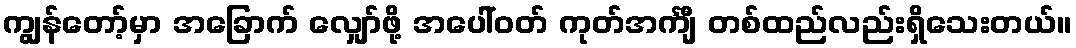
ကျွန်တော့်မှာ အခြောက် လျှော်ဖို့ အပေါ်ဝတ် ကုတ်အင်္ကျီ တစ်ထည်လည်းရှိသေးတယ်။